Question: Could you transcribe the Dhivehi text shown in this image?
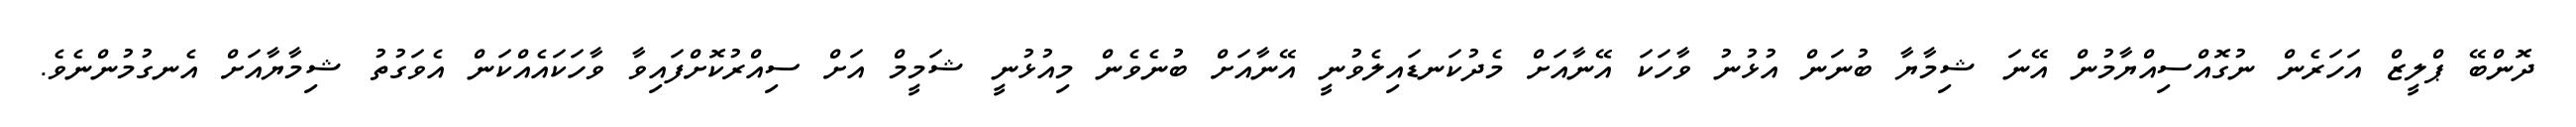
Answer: ދޮންބޭ ޕްލީޒް އަހަރެން ނުގޮއްސިއްޔާމުން އޭނަ ޝިމާޔާ ބުނަން އުޅުނު ވާހަކަ އޭނާއަށް މެދުކަނޑައިލެވުނީ އޭނާއަށް ބުނެވެން މިއުޅުނީ ޝަމީމް އަށް ސިއްރުކޮށްފައިވާ ވާހަކައެއްކަން އެވަގުތު ޝިމާޔާއަށް އެނގުމުންނެވެ.